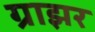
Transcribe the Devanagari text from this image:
ग्राझर